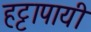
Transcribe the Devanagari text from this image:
हट्टापायी